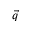
\vec { q }